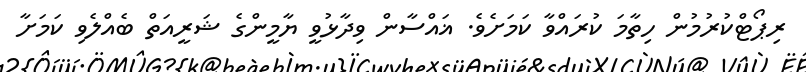
ރިޕޯޓްކުރުމުން ހިތާމަ ކުރައްވާ ކަމަށެވެ. ޣައްސާން ވިދާޅުވީ ޔާމީންގެ ޝަރީއަތް ބެއްލެވި ކަމަށާ